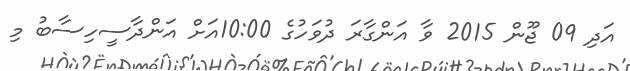
އަދި 09 ޖޫން 2015 ވާ އަންގާރަ ދުވަހުގެ 10:00އަށް އަންދާސީހިސާބު މި